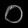
Digit: ၀